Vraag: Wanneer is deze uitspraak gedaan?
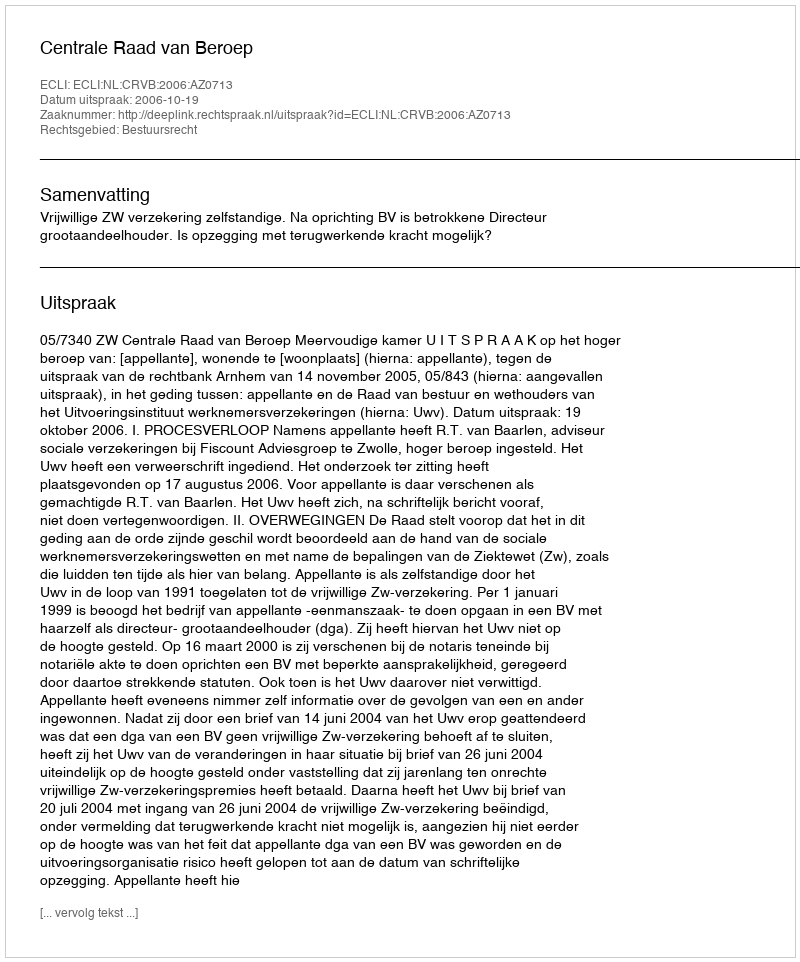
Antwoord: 2006-10-19